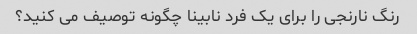
رنگ نارنجی را برای یک فرد نابینا چگونه توصیف می کنید؟